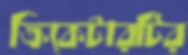
ক্রিকেটারটির